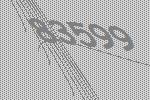
83599